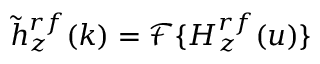
\tilde { h } _ { z } ^ { r f } ( k ) = \mathcal { F } \{ H _ { z } ^ { r f } ( u ) \}